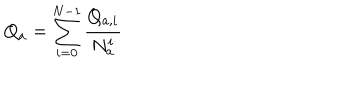
Q _ { a } = \sum _ { i = 0 } ^ { N - 1 } \frac { Q _ { a , i } } { N _ { a } ^ { i } }